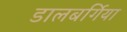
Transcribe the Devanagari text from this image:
डालबर्गिया